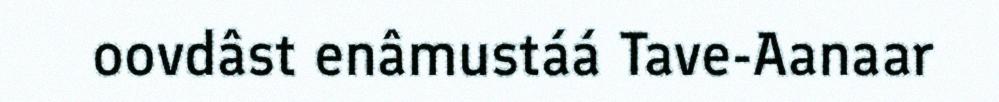
oovdâst enâmustáá Tave-Aanaar